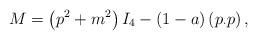
LaTeX: \begin{align*}M=\left( p^2+m^2 \right) I_4-(1-a) \left( p_{\cdot }p\right),\end{align*}